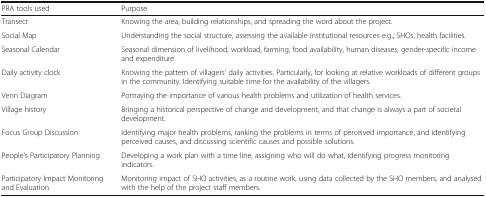
| PRA tools used | Purpose |
 | --- | --- |
 | Transect | Knowing the area, building relationships, and spreading the word about the project. |
 | Social Map | Understanding the social structure, assessing the available institutional resources e.g., SHOs, health facilities. |
 | Seasonal Calendar | Seasonal dimension of livelihood, workload, farming, food availability, human diseases, gender-specific income and expenditure. |
 | Daily activity clock | Knowing the pattern of villagers’ daily activities. Particularly, for looking at relative workloads of different groups in the community. Identifying suitable time for the availability of the villagers. |
 | Venn Diagram | Portraying the importance of various health problems and utilization of health services. |
 | Village history | Bringing a historical perspective of change and development, and that change is always a part of societal development. |
 | Focus Group Discussion | Identifying major health problems, ranking the problems in terms of perceived importance, and identifying perceived causes, and discussing scientific causes and possible solutions. |
 | People’s Participatory Planning | Developing a work plan with a time line, assigning who will do what, identifying progress monitoring indicators. |
 | Participatory Impact Monitoring and Evaluation | Monitoring impact of SHO activities, as a routine work, using data collected by the SHO members, and analysed with the help of the project staff members. |